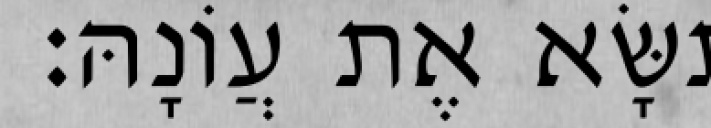
תִּשָּׂא אֶת עֲוֹנָהּ׃